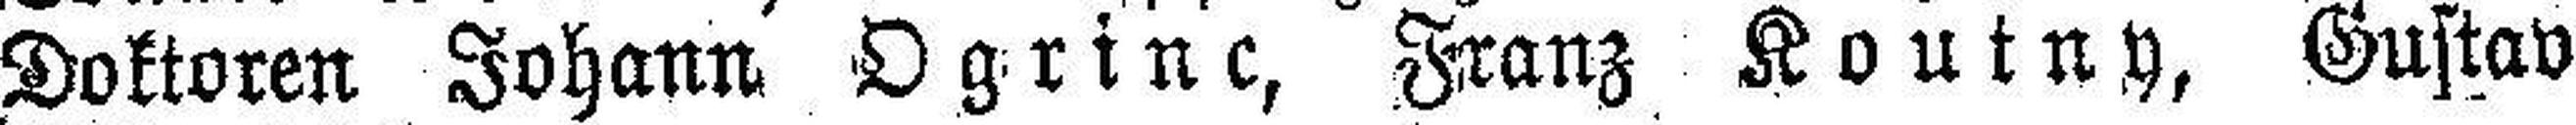
Doktoren Johann Ogrinc, Franz Koutny, Gustav